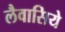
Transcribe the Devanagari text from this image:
लैवासिये